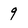
Character: 9